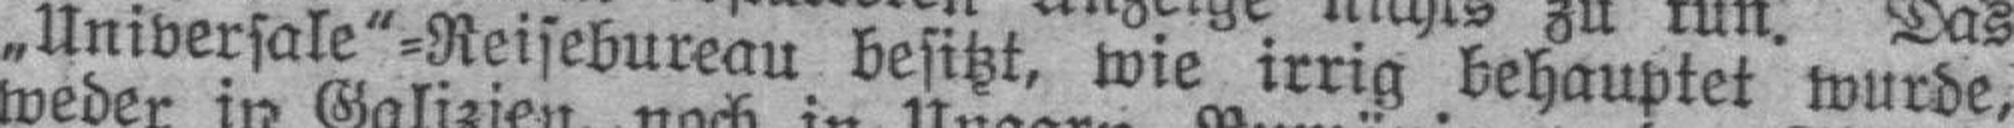
„Universale"=Reisebureau besitzt, wie irrig behauptet wurde,